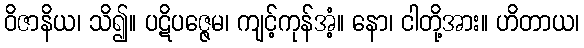
ဝိဇာနိယ၊ သိ၍။ ပဋိပဇ္ဇေမ၊ ကျင့်ကုန်အံ့။ နော၊ ငါတို့အား။ ဟိတာယ၊